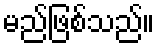
မည်ဖြစ်သည်။